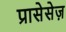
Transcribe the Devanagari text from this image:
प्रासेसेज़